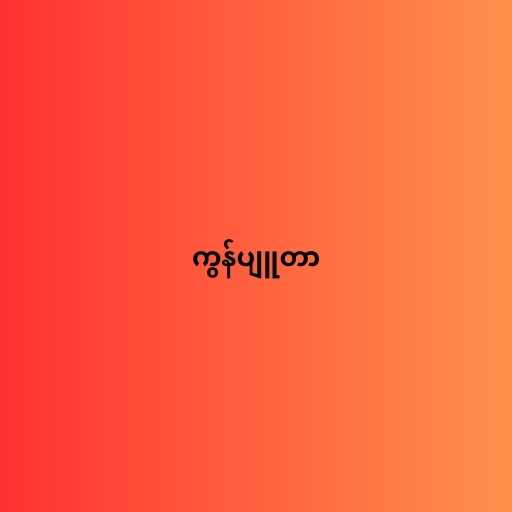
ကွန်ပျူတာ